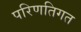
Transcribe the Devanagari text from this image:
परिणतिगत